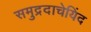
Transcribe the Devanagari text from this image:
समुद्रदाचेयिंद